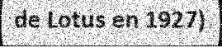
de Lotus en 1927)